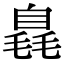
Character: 𣯝